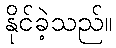
နိုင်ခဲ့သည်။